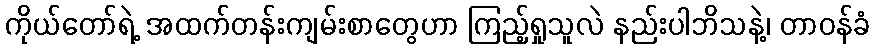
ကိုယ်တော်ရဲ့ အထက်တန်းကျမ်းစာတွေဟာ ကြည့်ရှုသူလဲ နည်းပါဘိသနဲ့၊ တာဝန်ခံ